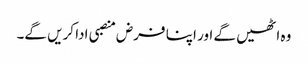
وہ اٹھیں گے اور اپنا فرض منصبی ادا کریں گے۔